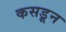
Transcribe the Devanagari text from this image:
कसडून